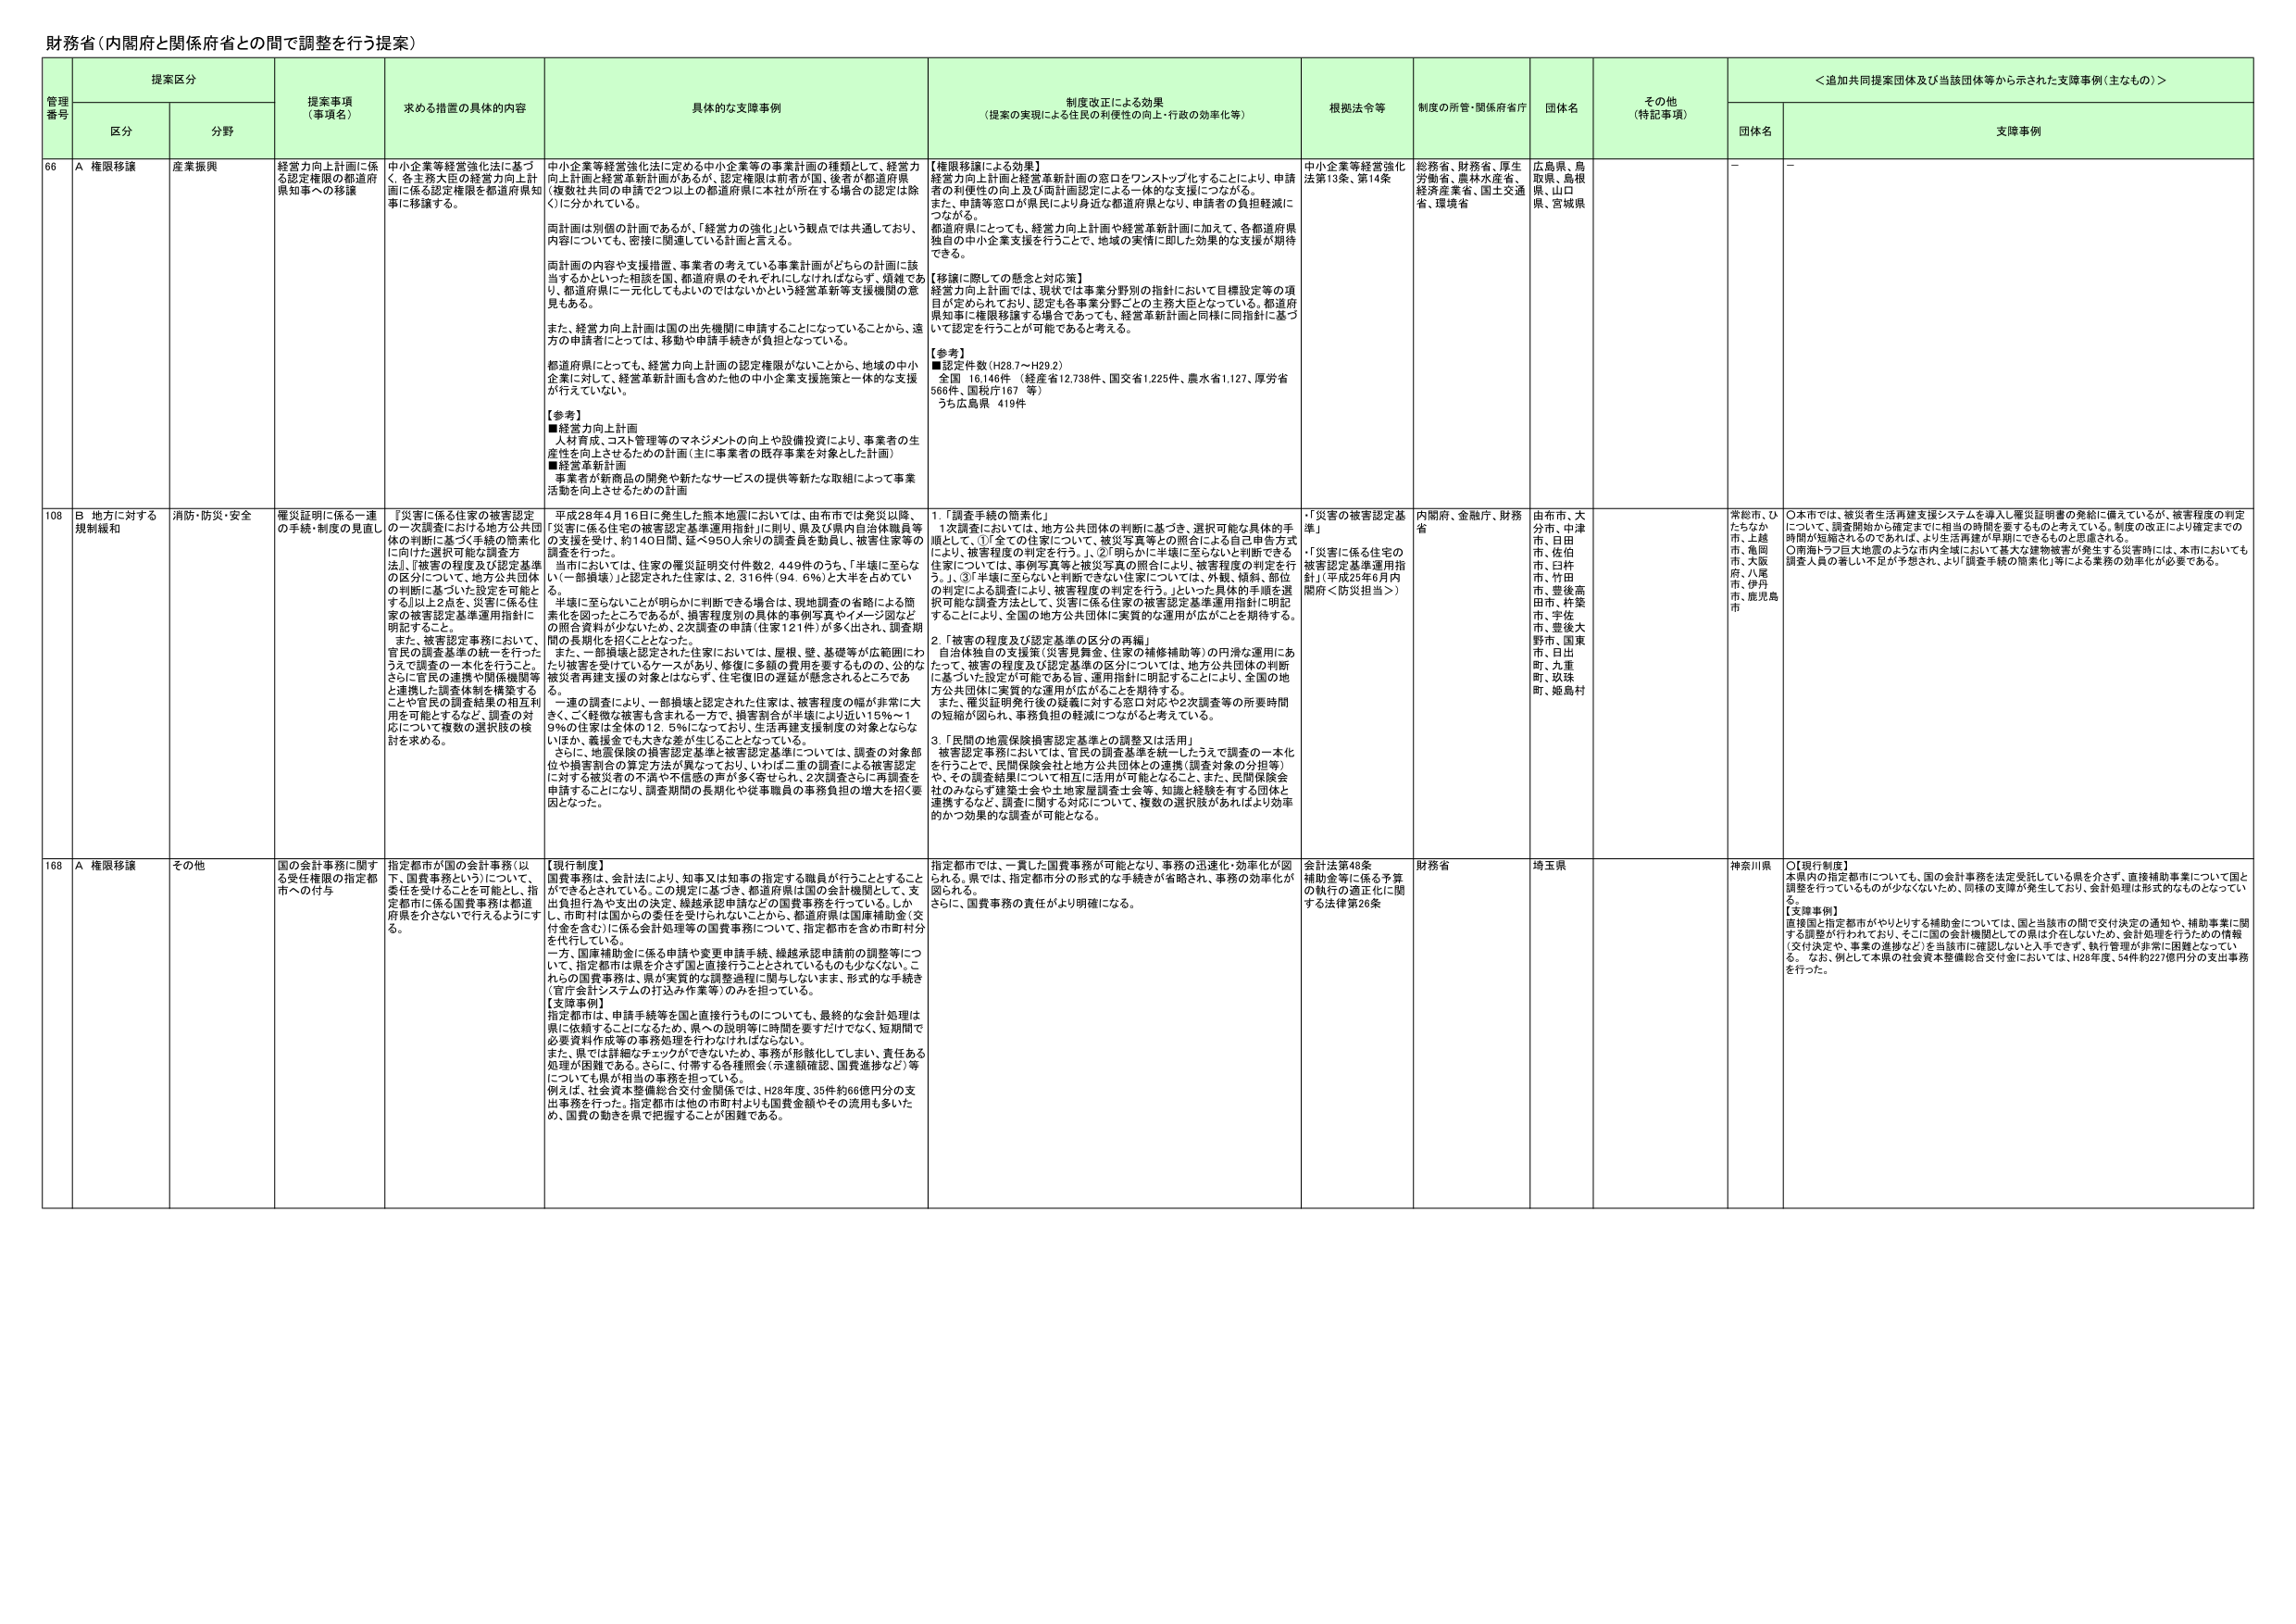
財務省（内閣府と関係府省との間で調整を行う提案）

管理番号 提案区分 提案事項（事項名） 求める措置の具体的内容 具体的な支援事例 制度改正による効果（提案の実現による住民の利便性の向上・行政の効率化等） 根拠法令等 制度の所管・関係府省庁 団体名 その他（特記事項） ＜追加共同提案団体及び当該団体等から示された支援事例（主なもの）＞
区分 分野 団体名 支障事例

66 A 権限移譲 産業振興 経営力向上計画に係る認定権限の都道府県知事への移譲 中小企業等経営強化法に基づく、各主務大臣の経営力向上計画に係る認定権限を都道府県知事に移譲する。 中小企業等経営強化法に定める中小企業等の事業計画の種類として、経営力向上計画と経営革新計画があるが、認定権限は前者が国、後者が都道府県（複数主務大臣の承認で2つ以上の都道府県に本社が所在する場合の認定は除く）に分かれている。 両計画は別個の計画であるが、「経営力の強化」という観点では共通しており、内容についても、密接に関連している計画と言える。 都道府県の内容や支援措置、事業者の考えている事業計画がどちらの計画に該当するかといった相談を国、都道府県のそれぞれにしなければならず、煩雑であり、都道府県に一元化してもらいたいではないかという経営革新等支援機関の意見もある。 また、経営力向上計画は国の出先機関に申請することになっていることから、遠方の申請者にとっては、移動や申請手続きが負担となっている。 都道府県にしても、経営力向上計画の認定権限がないことから、地域の中小企業に対して、経営革新計画も含めた他の中小企業支援施策と一体的な支援が行えていない。 【参考】 ■経営力向上計画 人材育成、コスト管理等のマネジメントの向上や設備投資により、事業者の生産性を向上させるための計画（主に事業者の既存事業を対象とした計画） ■経営革新計画 事業者が新商品の開発や新たなサービスの提供等新たな取組によって事業活動を向上させるための計画 【権限移譲による効果】 経営力向上計画と経営革新計画の窓口をワンストップ化することにより、申請者の利便性の向上及び両計画認定による一体的な支援につながる。 また、申請等窓口が県民により身近な都道府県となり、申請者の負担軽減につながる。 都道府県にとっても、経営力向上計画や経営革新計画に加えて、各都道府県独自の中小企業支援を行うことで、地域の実情に即した効果的な支援が期待できる。 【移譲に際しての懸念と対応策】 経営力向上計画では、現状では事業分野別の指針において目標設定等の項目が定められており、認定も各事業分野ごとの主務大臣となっている。都道府県知事に権限移譲する場合であっても、経営革新計画と同様に同指針に基づいて認定を行うことが可能であると考える。 【参考】 ■認定件数（H28.7～H29.2） 全国 16,146件（経産省12,738件、国交省1,225件、農水省1,127、厚労省566件、国税庁167 等） うち広島県 419件 中小企業等経営強化法第13条、第14条 総務省、財務省、厚生労働省、農林水産省、経済産業省、国土交通省、環境省 広島県、鳥取県、島根県、山口県、宮城県 － －

108 B 地方に対する規制緩和 消防・防災・安全 罹災証明に係る一連の手続・制度の見直し 『災害に係る住宅の被害認定の一次調査における地方公共団体の判断に基づく手続の簡素化』に向けた選択可能な調査方法』、『被害の程度及び認定基準の区分について、地方公共団体の判断に基づいた設定を可能とする』以上の2点を、災害に係る住家の被害認定基準運用指針に明記すること。 また、被害認定事務において、官民の調査基準の統一を行ったうえで調査の一本化を行うこと。 さらに官民の連携や関係機関等と連携した調査体制を構築する。 ことや官民の調査結果の相互利用を可能とするなど、調査の対応について複数の選択肢の検討を求める。 平成28年4月16日に発生した熊本地震においては、由布市では発災以降、「災害に係る住宅の被害認定基準運用指針」に則り、県及び県内自治体職員等の支援を受け、約140日間、延べ950人余りの調査員を動員し、被害住家等の調査を行った。 当市においては、住家の罹災証明交付件数2,449件のうち、「半壊に至らない（一部損壊）」と認定された住家は、2,316件（94.6％）と大半を占めている。 半壊に至らないことが明らかに判断できる場合は、現地調査の省略による簡素化を図ったところであるが、損害程度別の具体的事例写真やイメージ図などの照合資料が少なかったため、2次調査の申請（住家121件）が多く出され、調査期間の長期化を招くこととなった。 また、一部損壊と認定された住家においては、屋根、壁、基礎等が広範囲にわたり被害を受けているケースがあり、修復に多額の費用を要するものの、公的な被災者再建支援の対象とはならず、住宅復旧の遅延が懸念されるところである。 一連の調査により、一部損壊と認定された住家は、被害程度の幅が非常に大きく、ごく軽微な被害も含まれる一方で、損害割合が半壊により近い15％～19％の住家は全体の12.5％になっており、生活再建支援制度の対象とならないほか、義援金でも大きな差が生じることとなっている。 さらに、地震保険の損害認定基準と被害認定基準については、調査の対象部位や損害割合の算定方法が異なっており、いわば二重の調査による被害認定に対する被災者の不満や不信感の声が多く寄せられ、2次調査さらに再調査を申請することになり、調査期間の長期化や従事職員の事務負担の増大を招く要因となった。 1.「調査手続の簡素化」 1次調査においては、地方公共団体の判断に基づき、選択可能な具体的手順として、①「全ての住家について、被災写真等との照合による自己申告方式により、被害程度の判定を行う。」、②「明らかに半壊に至らないと判断できる住家については、事例写真等と被災写真の照合により、被害程度の判定を行う。」、③「半壊に至らないと判断できない住家については、外観、傾斜、部位の判定による調査により、被害程度の判定を行う。」といった具体的手順を選択可能な調査方法として、災害に係る住家の被害認定基準運用指針に明記することにより、全国の地方公共団体に実質的な運用が広がることを期待する。 2.「被害の程度及び認定基準の区分の再編」 自治体独自の支援策（災害見舞金、住家の補修補助等）の円滑な運用にあたって、被害の程度及び認定基準の区分については、地方公共団体の判断に基づいた設定が可能である旨、運用指針に明記することにより、全国の地方公共団体に実質的な運用が広がることを期待する。 また、罹災証明発行後の疑義に対する窓口対応や2次調査等の所要時間の短縮が図られ、事務負担の軽減につながると考えている。 3.「民間の地震保険損害認定基準との調整又は活用」 被害認定事務においては、官民の調査基準を統一したうえで調査の一本化を行うことで、民間保険会社と地方公共団体との連携（調査対象の分担等）や、その調査結果について相互に活用が可能となること、また、民間保険会社のみならず建築士会や土地家屋調査士会等、知識と経験を有する団体と連携するなど、調査に関する対応について、複数の選択肢があればより効率的かつ効果的な調査が可能となる。 ・「災害の被害認定基準」 ・「災害に係る住宅の被害認定基準運用指針」（平成25年6月内閣府＜防災担当＞） 内閣府、金融庁、財務省 由布市、大分市、中津市、日田市、佐伯市、臼杵市、豊後高田市、杵築市、宇佐市、豊後大野市、国東市、日出町、九重町、玖珠町、姫島村 常総市、ひたちなか市、土浦市、亀岡市、大阪府、八尾市、伊丹市、鹿児島市 ○本市では、被災者生活再建支援システムを導入し罹災証明書の発給に備えているが、被害程度の判定について、調査開始から確定までに相当の時間を要するものと考えている。制度の改正により確定までの時間が短縮されるのであれば、より生活再建が早期にできるものと思慮される。 ○南海トラフ巨大地震のような市内全域において甚大な建物被害が発生する災害時には、本市においても調査人員の著しい不足が予想され、より「調査手続の簡素化」等による業務の効率化が必要である。

168 A 権限移譲 その他 国の会計事務に関する受任権限の指定都市への付与 指定都市が国の会計事務（以下、国費事務という）について、委任を受けることを可能とし、指定都市に係る国費事務は都道府県を介さないで行えるようにする。 【現行制度】 国費事務は、会計法により、知事又は知事の指定する職員が行うこととすること ができるとされている。この規定に基づき、都道府県は国の会計機関として、支出負担行為や支出の決定、繰越承認申請などの国費事務を行っている。しかし、市町村は国からの委任を受けられないことから、都道府県は国庫補助金（交付金を含む）に係る会計処理等の国費事務について、指定都市を含め市町村分を代行している。 一方、国庫補助金に係る申請や変更申請手続、繰越承認申請前の調整等について、指定都市は県を介さず国と直接行うことはされているものも少なくない。これらの国費事務は、県が実質的な調整過程に関与しないまま、形式的な手続き（官庁会計システムの打込み作業等）のみを担っている。 【支援事例】 指定都市は、申請手続等を国と直接行うものについても、最終的な会計処理は県に依頼することになるため、県への説明等に時間を要すだけではなく、短期間で必要資料作成等の事務処理を行わなければならない。 また、県では詳細なチェックができないため、事務が形骸化してしまい、責任ある処理が困難である。さらに、付帯する各種照会（示達額確認、国費進捗など）等についても県が相当の事務を担っている。 例えば、社会資本整備総合交付金関係では、H28年度、35件約66億円分の支出事務を行った。指定都市は他の市町村よりも国費金額やその流用も多いため、国費の動きを県で把握することが困難である。 指定都市では、一貫した国費事務が可能となり、事務の迅速化・効率化が図られる。県では、指定都市分の形式的な手続きが省略され、事務の効率化が図られる。 さらに、国費事務の責任がより明確になる。 会計法第48条 補助金等に係る予算の執行の適正化に関する法律第26条 財務省 埼玉県 神奈川県 ○【現行制度】 本県内の指定都市についても、国の会計事務を法定受託している県を介さず、直接補助事業について国と調整を行っているものが少なくないため、同様の支障が発生しており、会計処理は形式的なものとなっている。 【支援事例】 直接国と指定都市がやりとりする補助金については、国と当該市の間で交付決定の通知や、補助事業に関する調整が行われており、そこに国の会計機関としての県は介在しないため、会計処理を行ったのの情報（交付決定や、事業の進捗など）を当該市に確認しないと入手できず、執行管理が非常に困難となっている。 なお、例として本県の社会資本整備総合交付金においては、H28年度、54件約227億円分の支出事務を行った。